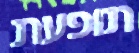
תופעת